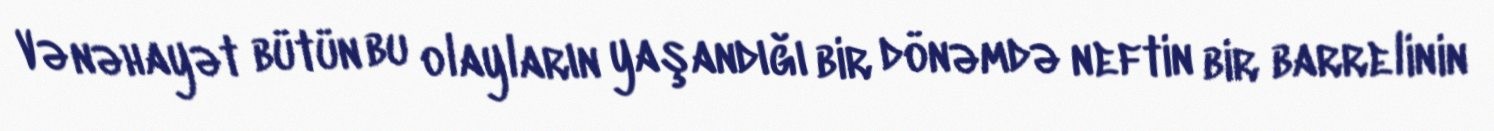
Və nəhayət bütün bu olayların yaşandığı bir dönəmdə neftin bir barrelinin